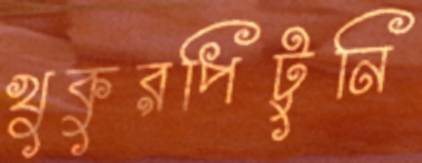
খুকুরপিটুনি